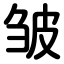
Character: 皱